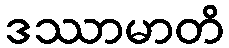
ဒဿာမာတိ